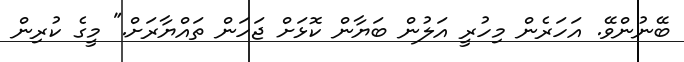
ބޭނުންވޭ. އަހަރެން މިހުރީ އަލުން ބަޔާން ކޮޅަށް ޖަހަން ތައްޔާރަށް." މީގެ ކުރިން